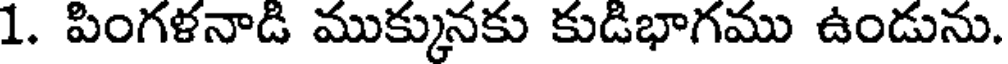
1. పింగళనాడి ముక్కునకు కుడిభాగము ఉండును.